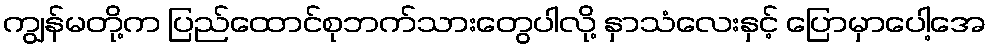
ကျွန်မတို့က ပြည်ထောင်စုဘက်သားတွေပါလို့ နှာသံလေးနှင့် ပြောမှာပေါ့အေ